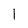
Character: l